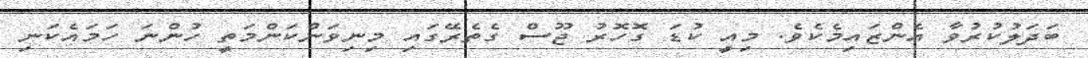
ބަދަލުކުރުވާ އެންޒައިމެކެވެ. މިއީ ކުޑަ ގޮހޮރު ޖޫސް ގެތެރޭގައި މިނިވަންކަންމަތީ ހުންނަ ހަމައެކަނި